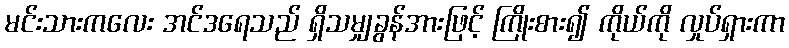
မင်းသားကလေး အင်ဒရေသည် ရှိသမျှခွန်အားဖြင့် ကြိုးစား၍ ကိုယ်ကို လှုပ်ရှားကာ